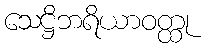
သေဋ္ဌိဘရိယာဝတ္ထု